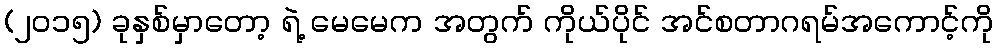
(၂၀၁၅) ခုနှစ်မှာတော့ ရဲ့ မေမေက အတွက် ကိုယ်ပိုင် အင်စတာဂရမ်အကောင့်ကို